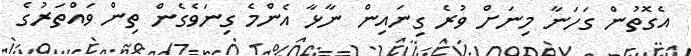
އެގޮތުން ގަހަނާ މިނަށް ވުރެ ގިނައިން ނާޅާ އެންމެ ގިނަވެގެން ތިން ވައްތަރުގެ